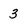
Character: 3